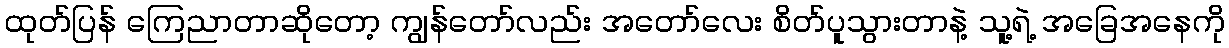
ထုတ်ပြန် ကြေညာတာဆိုတော့ ကျွန်တော်လည်း အတော်လေး စိတ်ပူသွားတာနဲ့ သူ့ရဲ့ အခြေအနေကို